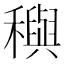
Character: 穥